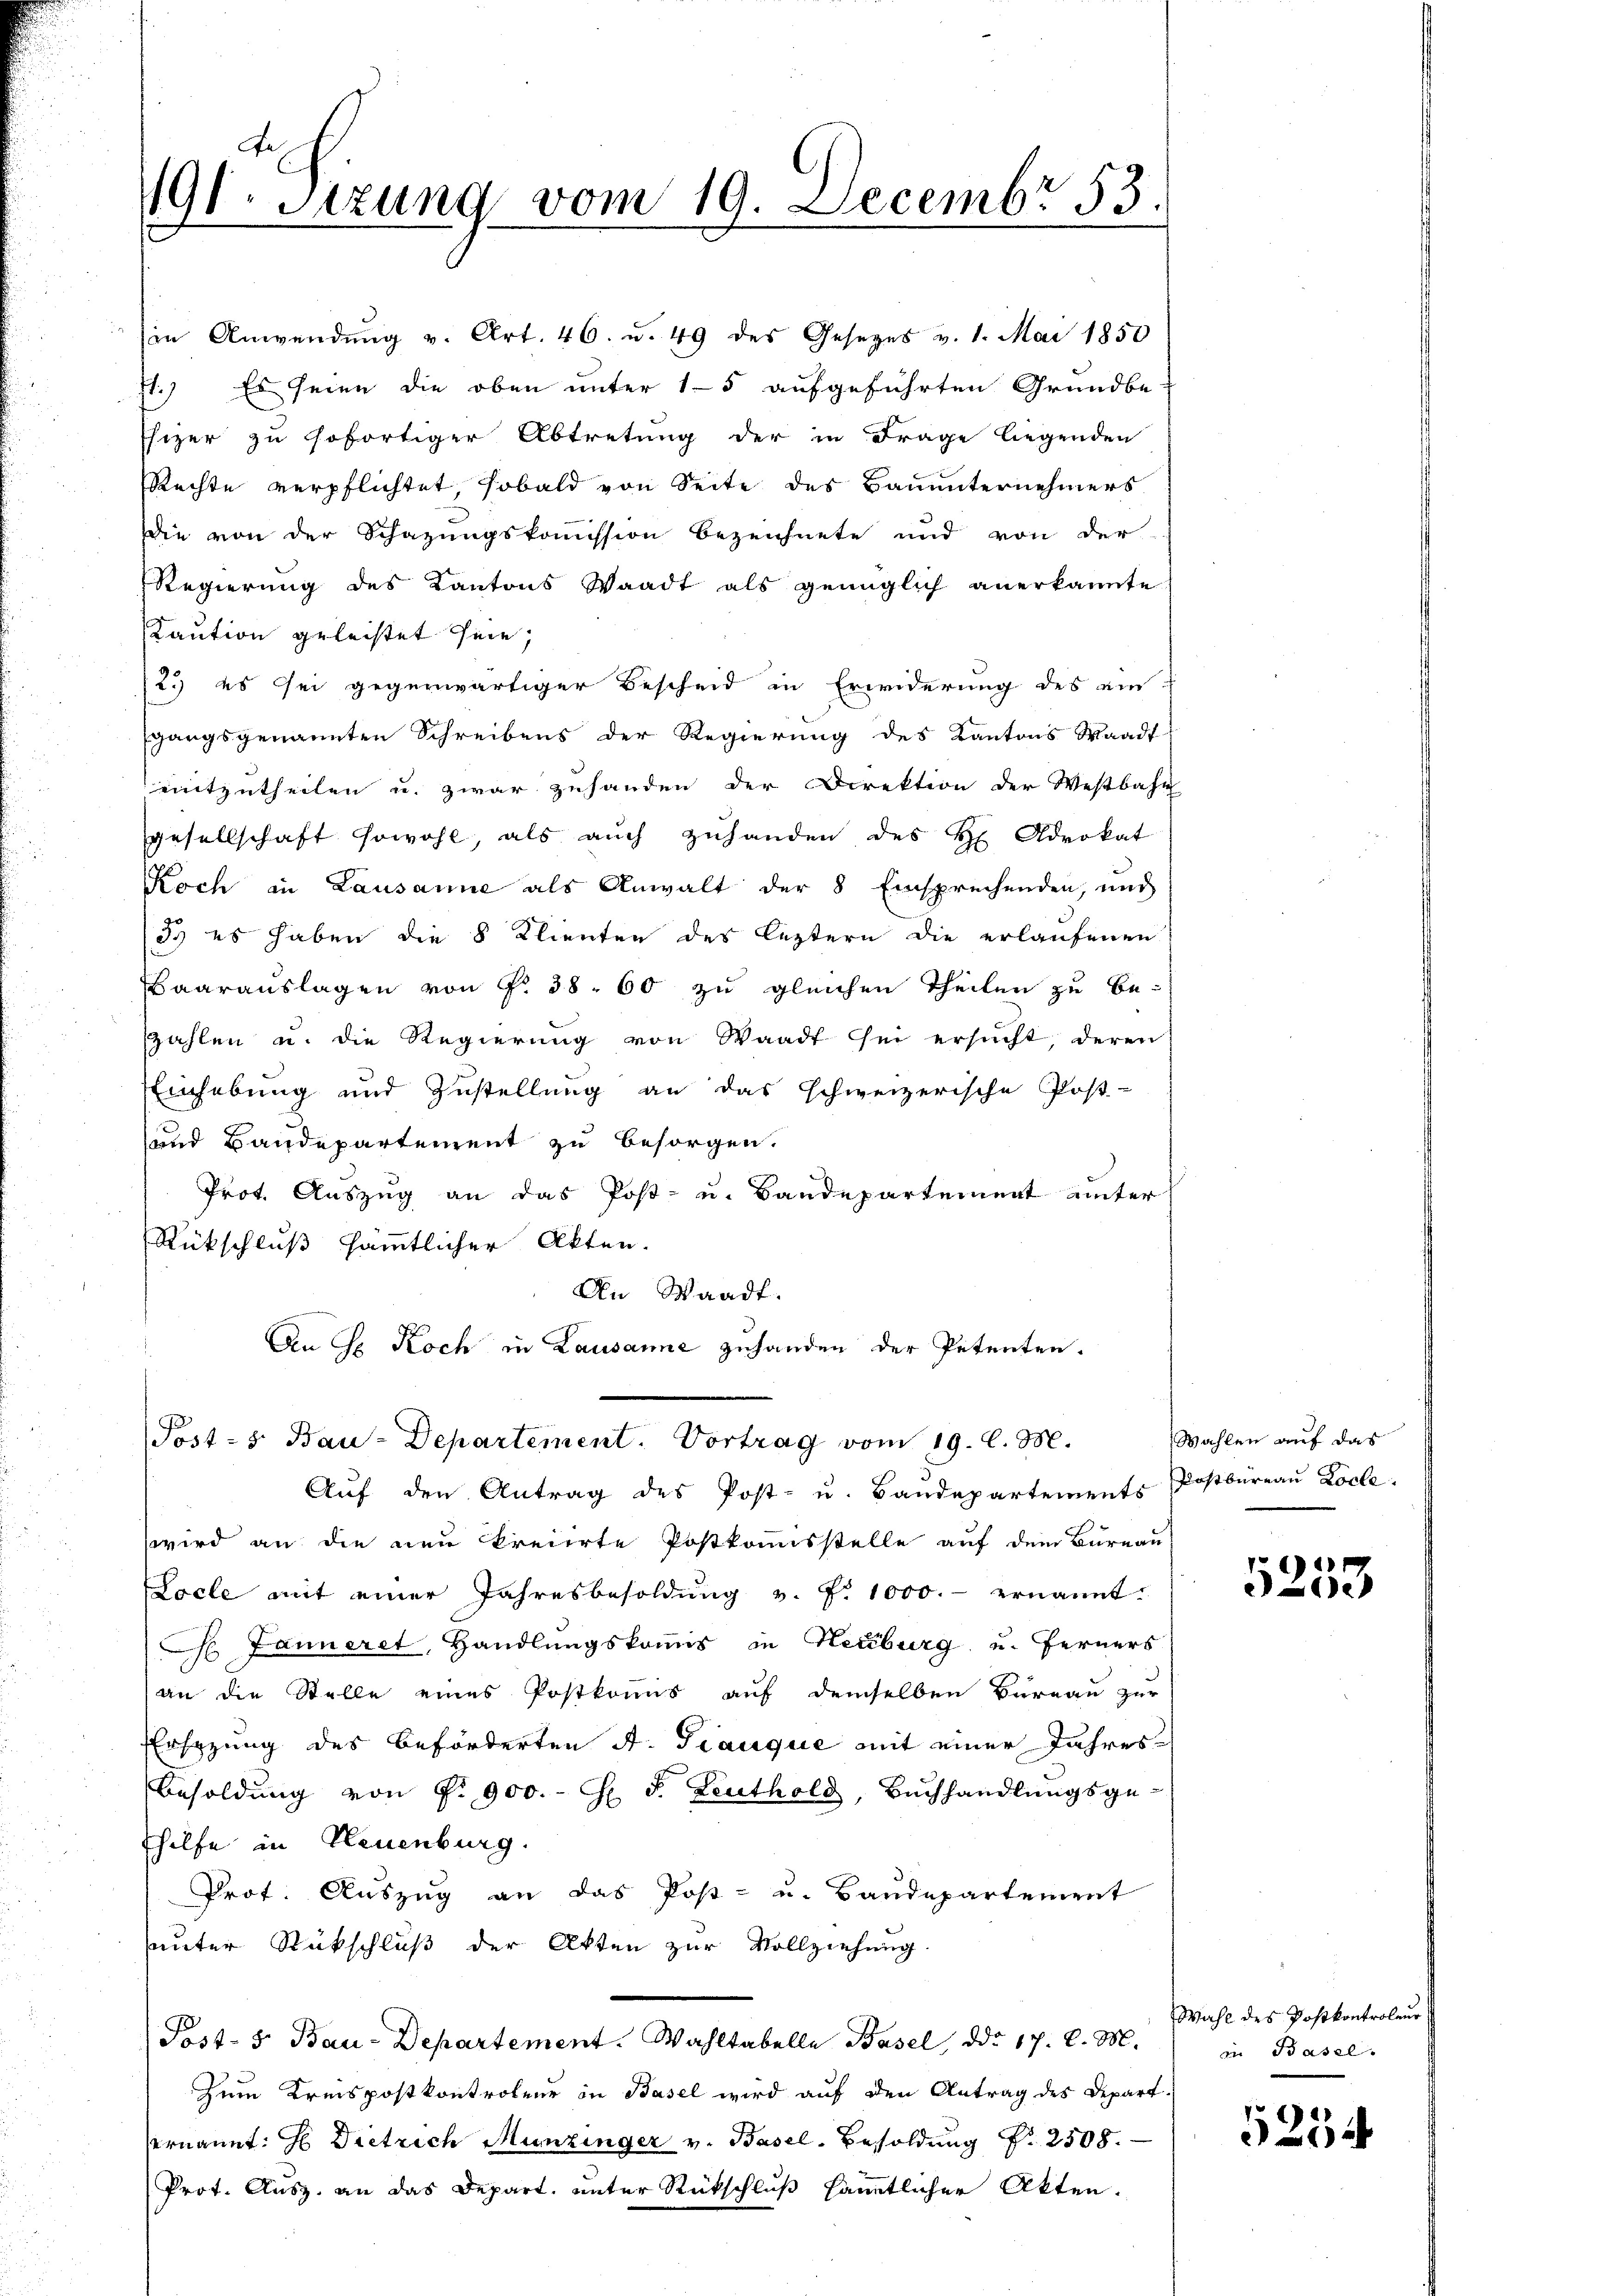
191. Sizung vom 19. Decembr 53.

in Anwendŭng v. Art. 46. u. 49 des Gesetzes v. 1. Mai 1850
71.) Es seien die oben unter 15 aufgeführten Grundbe-
Ehizer zu sofortiger Abtretung der in Frage liegenden
Rechte verpflichtet, sobald von Seite des Bauunternehmers
Die von der Schazungskoṁission bezeichnete und von der
Regierung des Kantons Waadt als genüglich anerkannte
Kaution geleistet sein,
23 es sei gegenwärtiger Bescheid in Erwiderung des ein-
sgangsgenannten Schreibens der Regierung des Kantons Waadt
mitzutheilen u. zwar zuhanden der Direktion der Westbahn
gesellschaft sowohl, als aŭch zŭhanden des H. Advokat
Koch in Lausanne als Anwalt der 8 Einsprechenden, auch
3. es haben die 8 Klienten des leztern die erlaufenen
Baarauslagen von §. 38. 60 zu gleichen Theilen zu be-
zahlen u. die Regierung von Waadt sei ersŭcht, deren
Einhebung und Zustellung an das schweizerische Post-
und Baudepartement zu besorgen.
Prot. Auszug an das Post- u. Bandepartement unter
Rückschluß sämmtlicher Akten.
An Waadt.
An G. Koch in Lausanne zuhanden der Petenten.
Post- s. Bau-Departement. Vortrag vom 19. l. M.
Aŭf den Antrag des Post- u. Bandepartements Postbüreaŭ Locle
wird an die neu kreierte Postkomisstelle auf dem Bureau
Locle mit einer Jahresbesoldŭng v. P. 1000.- ernannt.
 Jänneret, Handlungskomis in Heuburg u. Ferners
an die Stelle eines Postkomis auf demselben Bureau zur
Ersezung des Beförderten A. Tranque mit einer Jahres¬
Besoldung von P. 900.- H S. Leuthold, Buchhandlungsge-
hilfe in Neuenburg.
Prot. Auszug an das Post- u. Baudepartement
sunter Rückschluß der Akten zur Vollziehung.
Post- 5. Bau-Departement. Wahltabelle Basel, ddo 17. d. M.
Zum Kreispostkontroleur in Basel wird auf den Antrag des Depart.
ernannt: Es Dietrich Munzinger v. Basel-Besoldŭng N. 2508.
Prot. Ausz. an das Depart, unter Rückschluß sämmtlicher Akten.

Wahlen auf das

)
e

Wahl des Postkontroleur
in Basel.

4
2